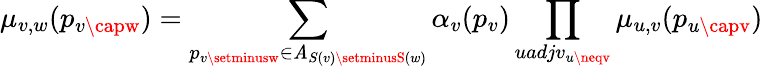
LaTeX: \mu_{v,w}(p_{v\capw})=\sum_{p_{v\setminusw}\in\mathit{A}_{S(v)\setminusS(w)}}\alpha_{v}(p_{v})\prod_{uadjv_{u\neqv}}\mu_{u,v}(p_{u\capv})